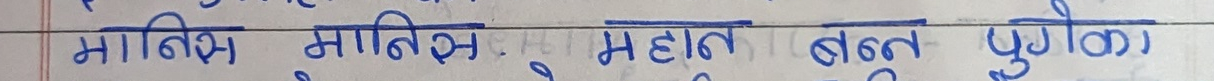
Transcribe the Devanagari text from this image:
मानिस मानिस महान् बन्न पुगेका